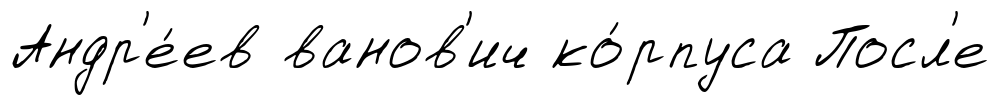
Андр'е́ев ванов'ич ко́рпуса Посл'е